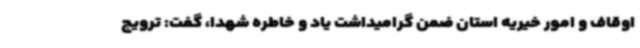
اوقاف و امور خیریه استان ضمن گرامیداشت یاد و خاطره شهدا، گفت: ترویج